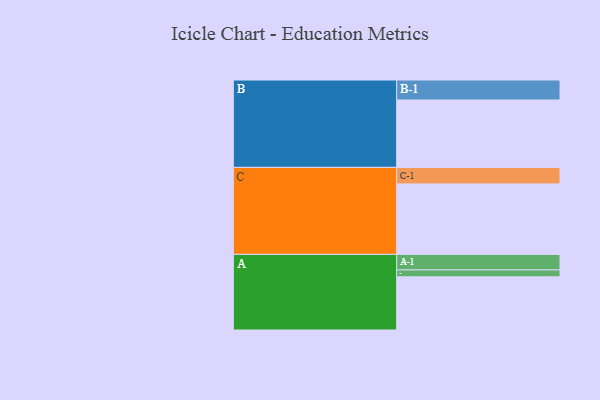
{"axis": {"x": "Segment", "y": "Value"}, "legend": ["", "A", "B", "C"], "data": [{"x": "A", "y": 434, "type": ""}, {"x": "B", "y": 550, "type": ""}, {"x": "C", "y": 575, "type": ""}, {"x": "A-1", "y": 127, "type": "A"}, {"x": "A-2", "y": 56, "type": "A"}, {"x": "B-1", "y": 163, "type": "B"}, {"x": "C-1", "y": 135, "type": "C"}]}